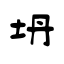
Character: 坍